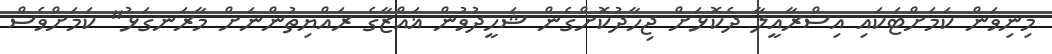
މިނިވަން ކަމަށްޓަކައި އިސްރާއީލާ ދެކޮޅަށް ޖިހާދުކޮށްގެން ޝަހީދުވުން ޣައްޒާގެ ރައްޔިތުންނަށް މާރަނގަޅު" ކަމަށްވެސް